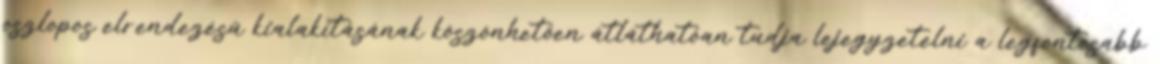
oszlopos elrendezésű kialakításának köszönhetően átláthatóan tudja lejegyzetelni a legfontosabb